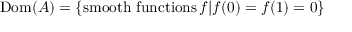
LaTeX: \operatorname { D o m } ( A ) = \left\{ { \mathrm { s m o o t h ~ f u n c t i o n s } } \, f | f ( 0 ) = f ( 1 ) = 0 \right\}